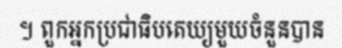
។ ពួកអ្នកប្រជាធិបតេយ្យមួយចំនួនបាន